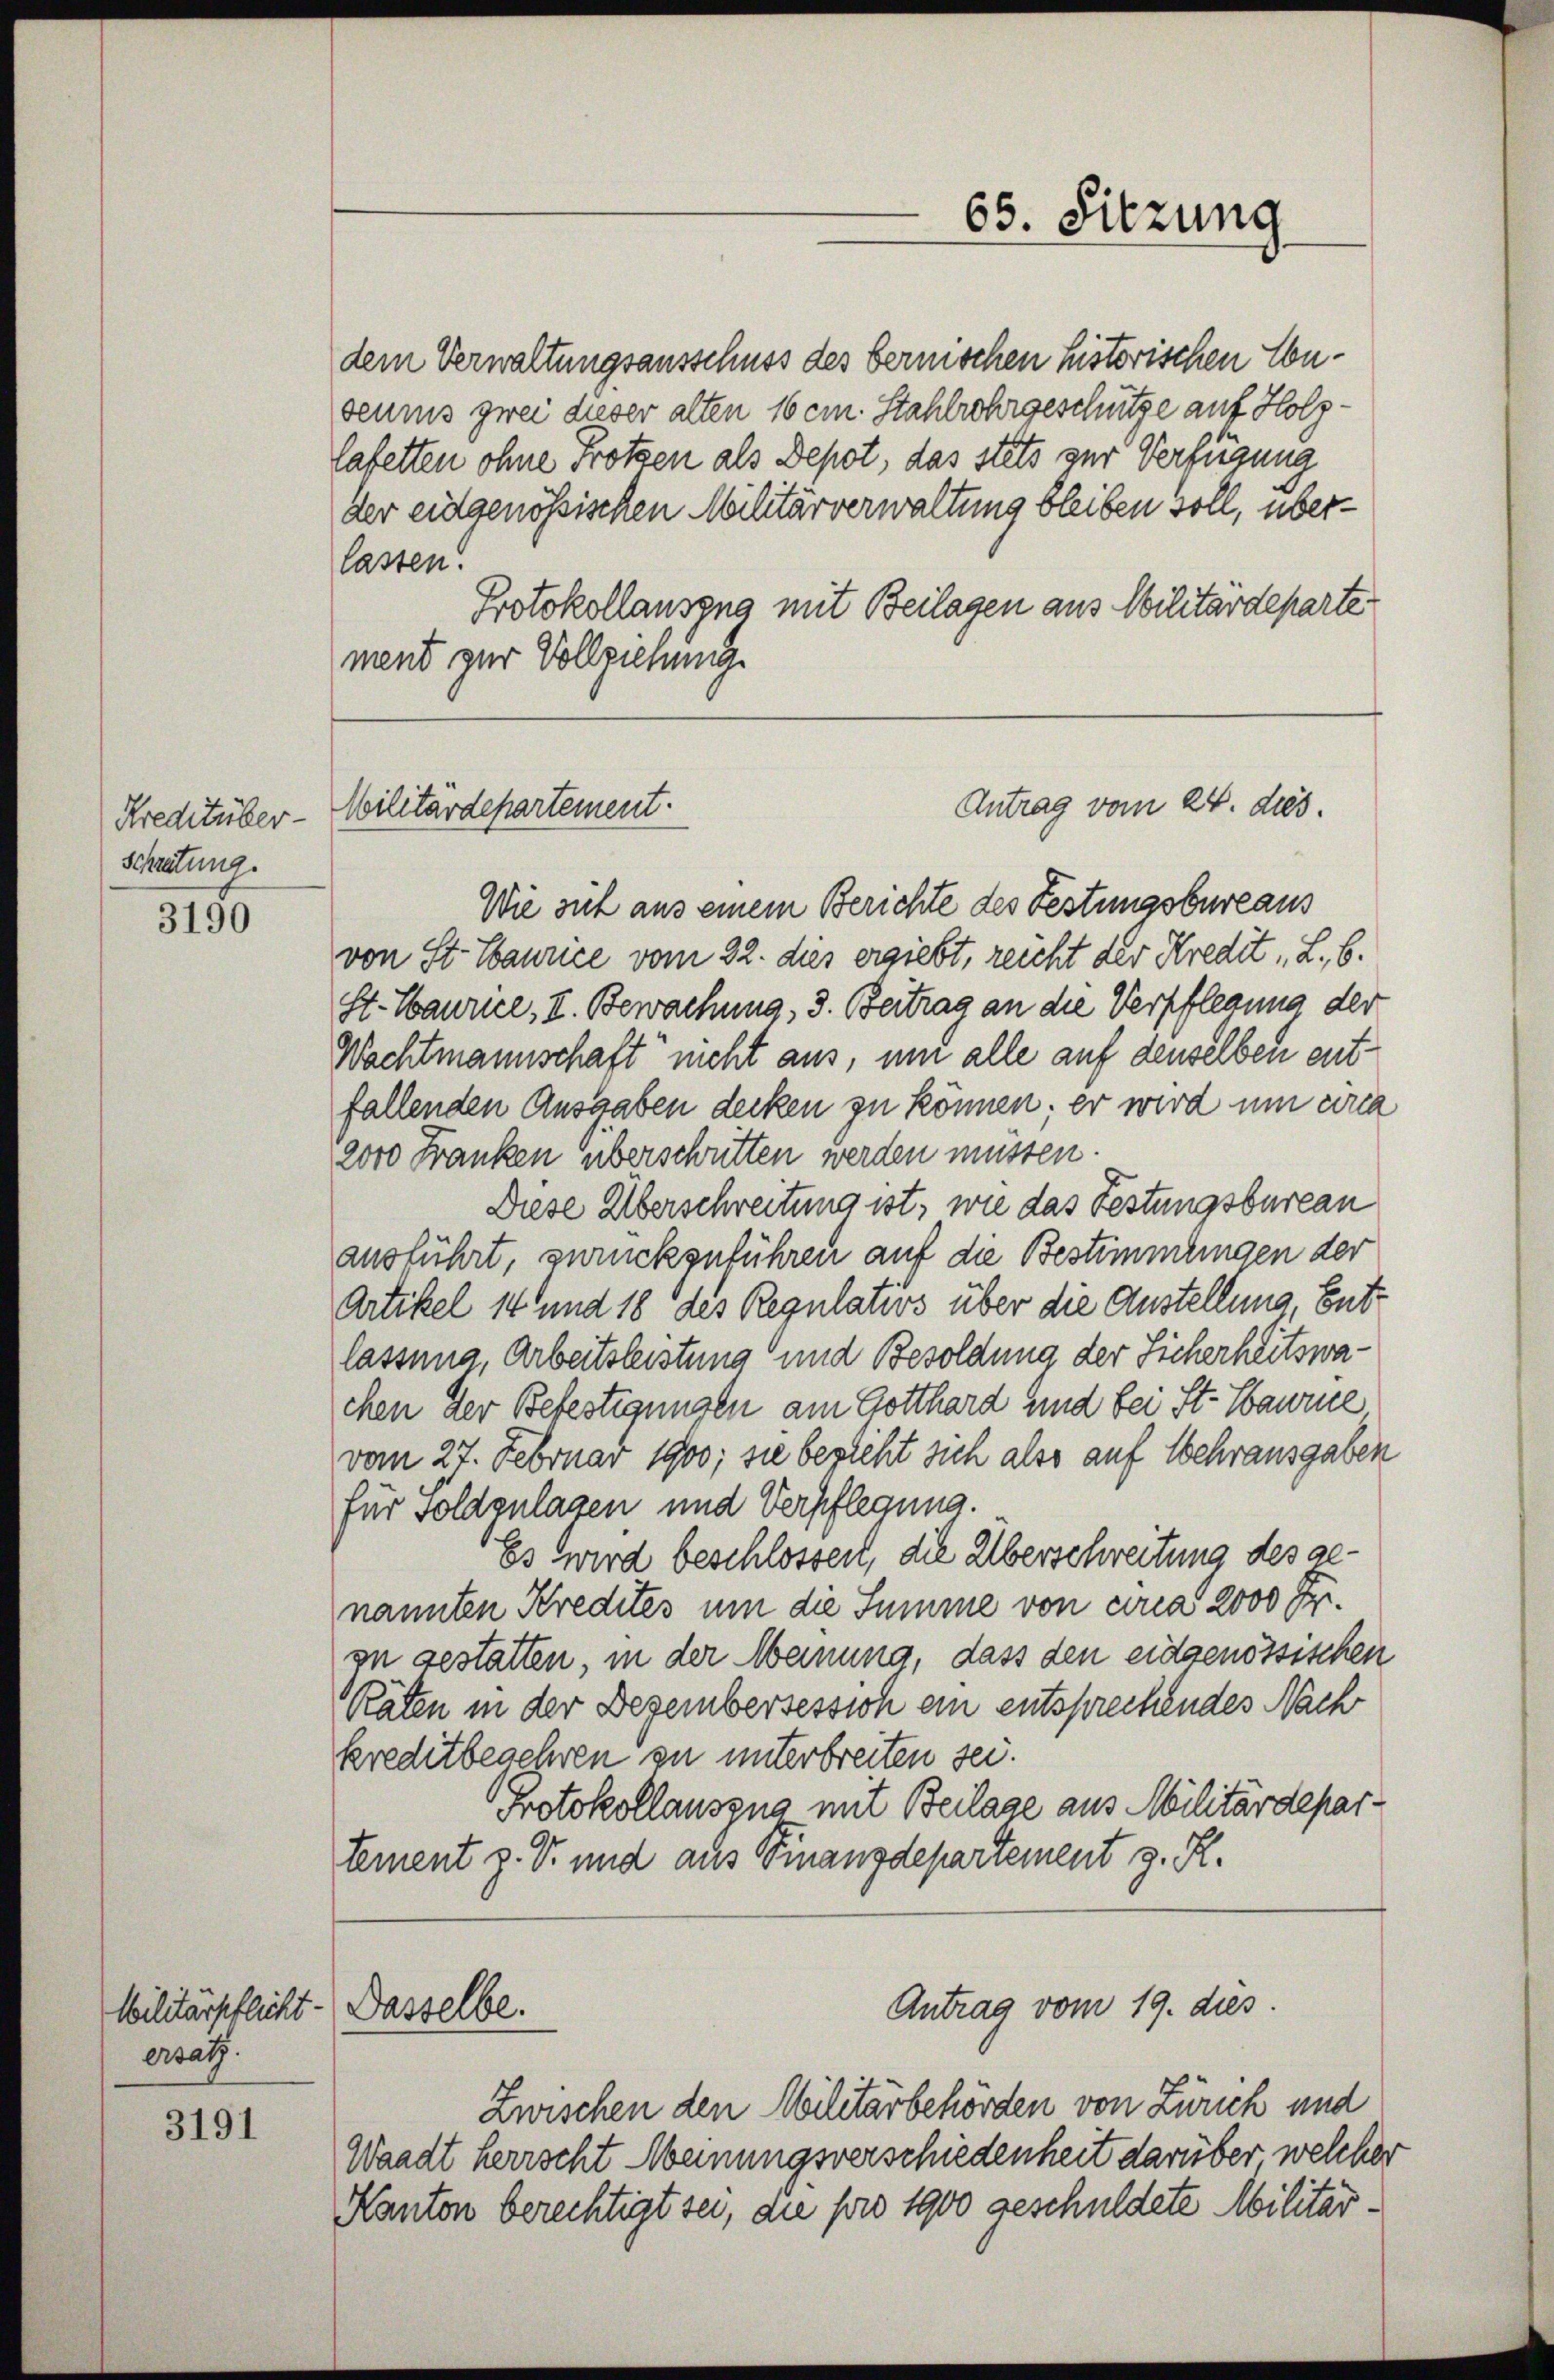
Kreditüber-
Schreitung.

3190

Militärpflicht
ersatz.

3191

dem Verwaltungsausschuss des bernischen historischen Enseums zwei dieser alten 10 cm. Stahlrohrgeschütze auf Holz¬
Cafetten ohne Frotzen als Depot, das stets zur Verfügung
der eidgenössischen Militärverwaltung bleiben soll, überlassen.
Protokollausgna mit Beilagen aus Militärdeparte
ment zur Vollziehung.

Militärdepartement.

Dasselbe.

65. Sitzung

Antrag vom 24. ds.

Antrag vom 19. dies

Wie sut aus einem Berichte des Festungsbureaus
von St. Laurice vom 22. dies ergiebt, reicht der Kredit, L., 6.
St. Maurice, II. Bewachung, 3. Beitrag an die Verpflegung der
Wachtmannschaft nicht aus, um alle auf denselben entfallenden Ausgaben decken zu können; er wird um arca
2000 Franken überschritten werden müssen.
Diese Überschreitung ist, wie das Festungsbureau
ausführt, zurückzuführen auf die Bestimmungen der
Artikel 14 und 18 des Regulatios über die Anstellung Entlassung, Arbeitsleistung und Besoldung der Sicherheitswachen der Befestigungen am Gotthard und bei St. Ganze
vom 27. Februar 1900; sie bezieht sich also auf Wehrausgaben
für Soldgulagen und Verpflegung.
Es wird beschlossen, die Überschreitung des genannten Kredites um die Summe von circa 2000 Fr.
in gestatten, in der Meinung, dass den eidgenössischen
Räten in der Dezembersessich ein entsprechendes Nach
kreditbegehren zu unterbreiten sei.
Protokollauszug mit Beilage aus Militärdepartement z. S. und aus Finanzdepartement z. R.

Zwischen den Militärbehörden von Zürich und
Waadt herrscht Meinungsverschiedenheit darüber welcher
Kanton berechtigt sei, die pro 1900 geschuldete Militär¬